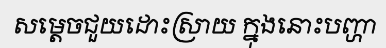
សម្តេចជួយដោះស្រាយ ក្នុងនោះបញ្ហា